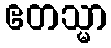
ဧတသ္မာ